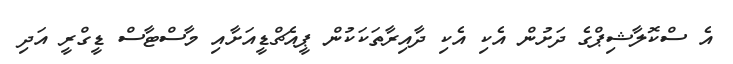
އެ ސްކޮލާޝިޕްގެ ދަށުން އެކި އެކި ދާއިރާތަކަކުން ޕީއެޗްޑީއަށާއި މާސްޓާސް ޑީގްރީ އަދި